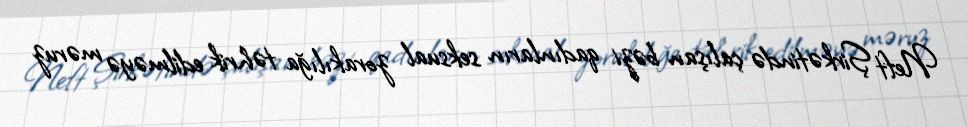
Neft Şirkətində çalışan bəzi qadınların seksual zorakılığa təhrik edilməyə məruz